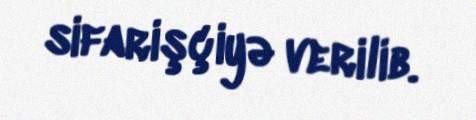
sifarişçiyə verilib.